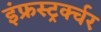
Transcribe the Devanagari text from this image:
इंफ्रस्ट्रर्क्चर